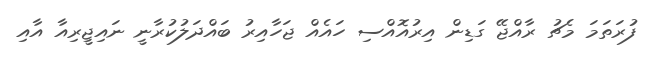
ފުރަތަމަ މެޗު ރާއްޖޭ ގަޑިން އިރުއޮއްސި ހައެއް ޖަހާއިރު ބައްދަލުކުރާނީ ނައިޖީރިއާ އާއި